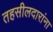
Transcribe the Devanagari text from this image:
तहसीलदारांना